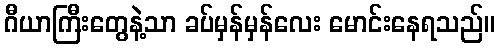
ဂီယာကြီးတွေနဲ့သာ ခပ်မှန်မှန်လေး မောင်းနေရသည်။